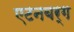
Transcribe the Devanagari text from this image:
एटनबर्ग